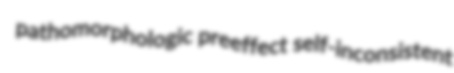
pathomorphologic preeffect self-inconsistent